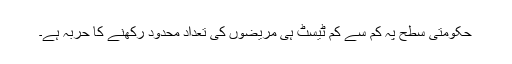
حکومتی سطح پہ کم سے کم ٹیسٹ ہی مریضوں کی تعداد محدود رکھنے کا حربہ ہے۔